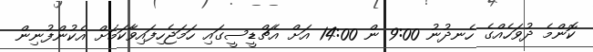
ކޮންމެ ދުވަހެއްގެ ހެނދުނު 9:00 ން 14:00 އަށް އެޗްޑީސީގައި ހަމަޖެހިފައިވާކަމަށް އެކުންފުނިން